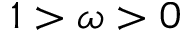
1 > \omega > 0